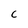
Character: c